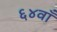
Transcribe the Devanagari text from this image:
६४वाँ